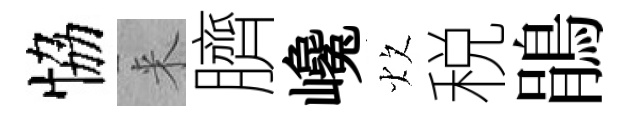
恊来臍巉炊税鵑